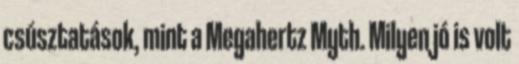
csúsztatások, mint a Megahertz Myth. Milyen jó is volt